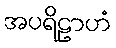
အပရိဠာဟံ